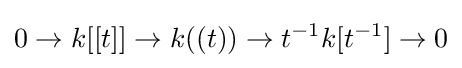
0\to k[[t]]\to k((t))\to t^{-1}k[t^{-1}]\to 0